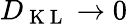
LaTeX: D_{\mathrm{~K~L~}}\rightarrow 0